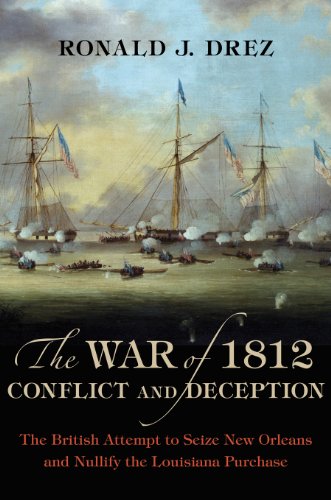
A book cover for The War of 1812, Conflict and Deception: The British Attempt to Seize New Orleans and Nullify the Louisiana Purchase; Ronald J. Drez; History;